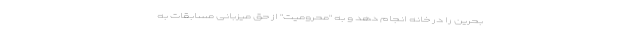
بحرین را در خانه انجام دهد و به "محرومیت" از حق میزبانی مسابقات به